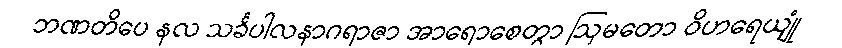
ဘဏတိပေ နလ သင်္ခပါလနာဂရာဇာ အာရောစေတွာ ဩမတော ဝိဟရေယျုံ